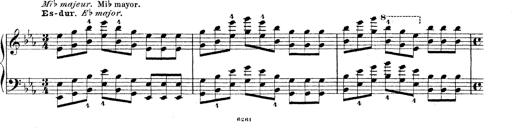
Title: Technische Studien
Composer: Franz Liszt